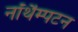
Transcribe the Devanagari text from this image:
नॉर्थैम्पटन